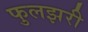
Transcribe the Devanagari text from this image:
फुलझरी